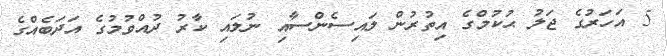
5 އަހަރުގެ ޖަލު ޙުކުމްގެ އިތުރުން ލައިސެންސާއި ނުލައި ކާރު ދުއްވުމުގެ އަދަބެއްގެ